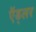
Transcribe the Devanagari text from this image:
ऍड्लर